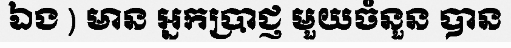
ឯង ) មាន អ្នកប្រាជ្ញ មួយចំនួន បាន